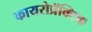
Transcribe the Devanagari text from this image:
कायरोप्रॅक्टिक